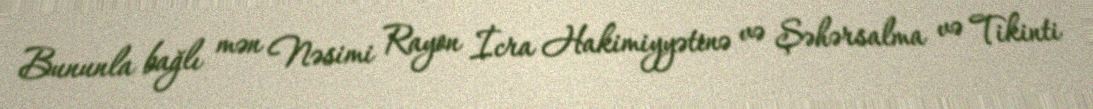
Bununla bağlı mən Nəsimi Rayon İcra Hakimiyyətinə və Şəhərsalma və Tikinti